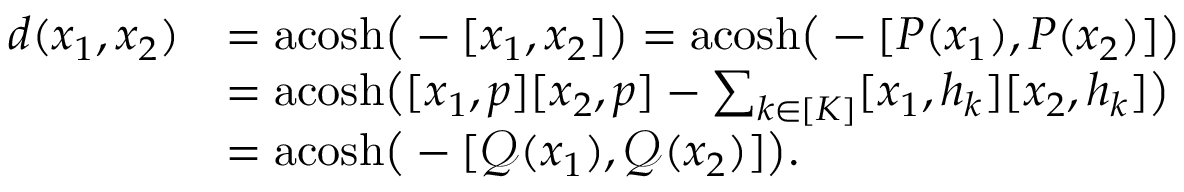
\begin{array} { r l } { d ( x _ { 1 } , x _ { 2 } ) } & { = \mathrm { a c o s h } \big ( - [ x _ { 1 } , x _ { 2 } ] \big ) = \mathrm { a c o s h } \big ( - [ P ( x _ { 1 } ) , P ( x _ { 2 } ) ] \big ) } \\ & { = \mathrm { a c o s h } \big ( [ x _ { 1 } , p ] [ x _ { 2 } , p ] - \sum _ { k \in [ K ] } [ x _ { 1 } , h _ { k } ] [ x _ { 2 } , h _ { k } ] \big ) } \\ & { = \mathrm { a c o s h } \big ( - [ \mathcal { Q } ( x _ { 1 } ) , \mathcal { Q } ( x _ { 2 } ) ] \big ) . } \end{array}